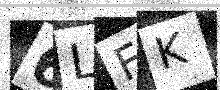
Text: 6LFK